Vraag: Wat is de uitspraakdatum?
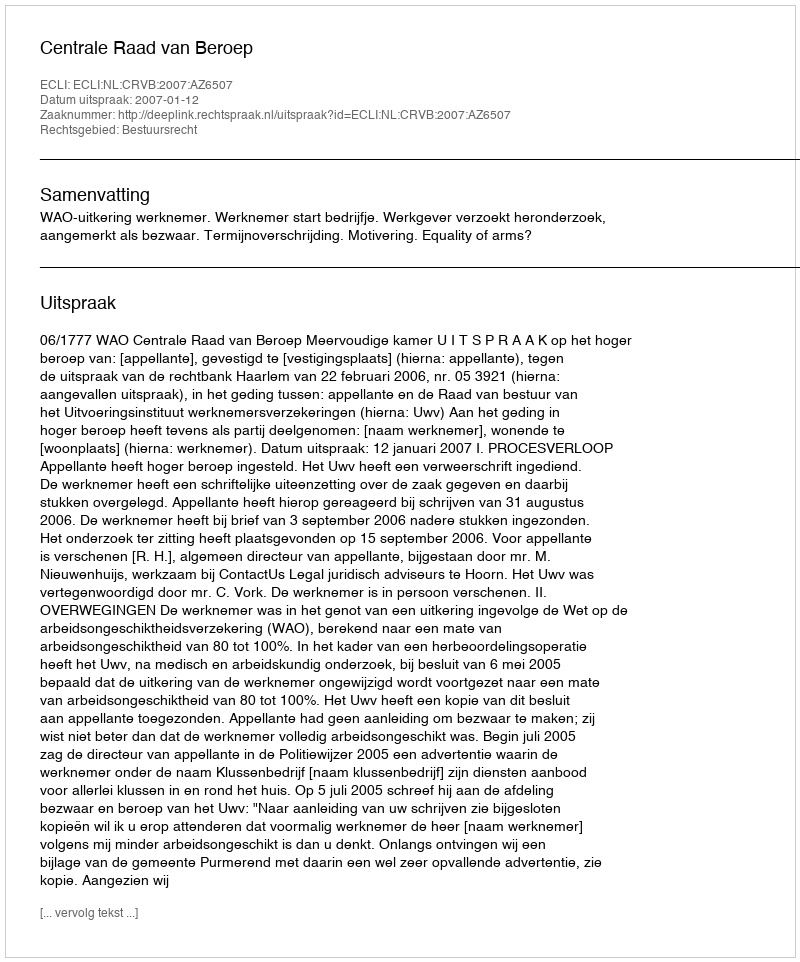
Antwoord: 2007-01-12